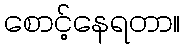
စောင့်နေရတာ။